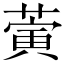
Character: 蔩